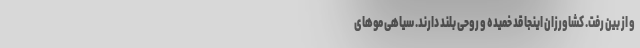
و از بین رفت. کشاورزان اینجا قد خمیده و روحی بلند دارند. سیاهی موهای